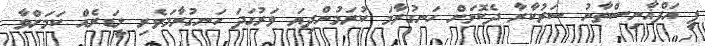
ޕީ އަފްޣާނިސްތާނު ސަރުކާރާ ދެކޮޅަށް ހަނގުރާމަ ކުރަމުންދިޔަ ވަރުގަދަ ހަނގުރާމަވެރި ލީޑަރެއް ކަމަށްވާ